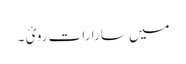
میں سارا رات روئ ۔